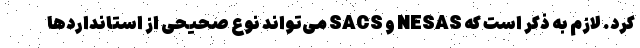
کرد. لازم به ذکر است که NESAS و SACS می‌تواند نوع صحیحی از استانداردها